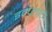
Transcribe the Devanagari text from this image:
इम्प्लाटं